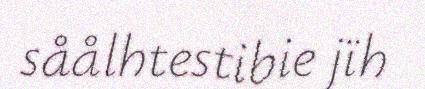
såålhtestibie jïh